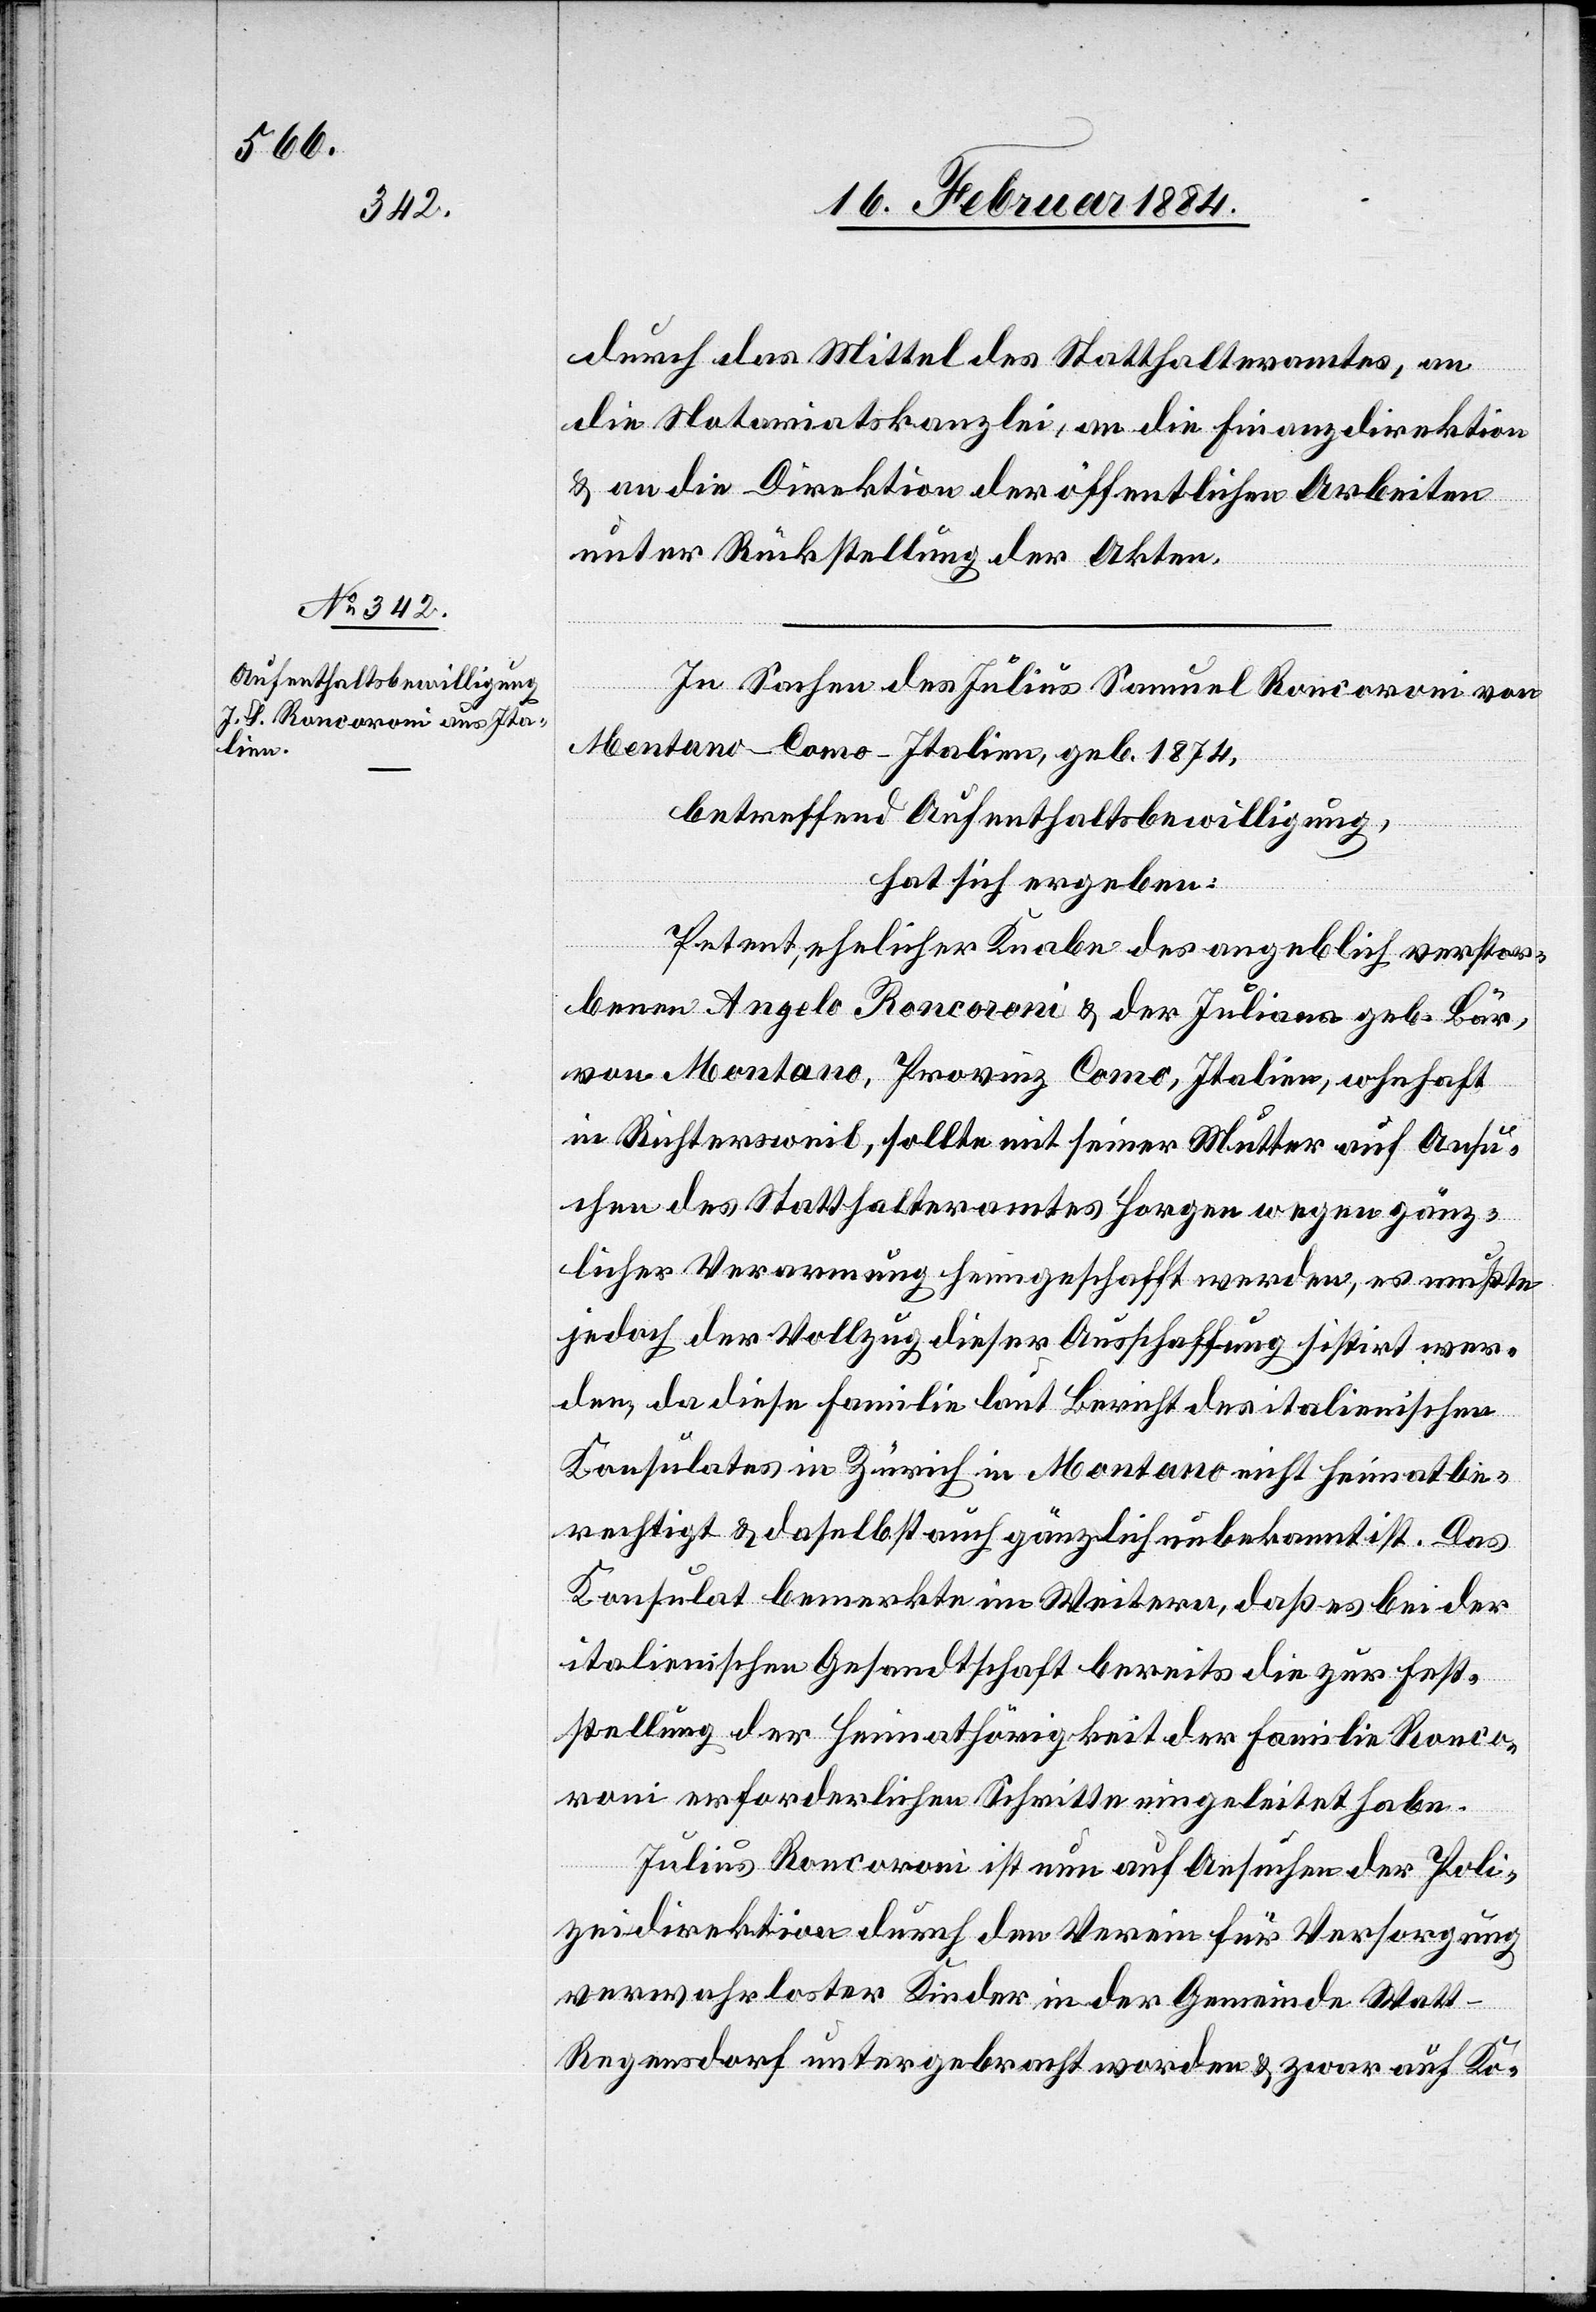
durch das Mittel des Statthalteramtes, an
die Notariatskanzlei, an die Finanzdirektion
& an die Direktion der öffentlichen Arbeiten
unter Rückstellung der Akten.
In Sachen des Julius Samuel Roncoroni von
Montano - Como - Italien, geb. 1874,
betreffend Aufenthaltsbewilligung,
hat sich ergeben:
Petent, ehelicher Knabe des angeblich verstor¬
benen Angelo Roncoroni & der Juliana geb. Bär
von Montano, Provinz Como, Italien, whnhaf
in Richtersweil, sollte mit seiner Mutter auf Ansu¬
chen des Statthalteramtes Horgen wegen gänz¬
licher Verarmung heimgeschafft werden, es mußte
jedoch der Vollzug dieser Ausschaffung sistirt wer¬
den, da diese Familie laut Bericht des italienischen
Konsulates in Zürich in Montano nicht heimatbe¬
rechtigt & daselbst auch gänzlich unbekannt ist. Das
Konsulat bemerkte im Weitern, daß es bei der
italienischen Gesandtschaft bereits die zur Fest¬
stellung der Heimathörigkeit der Familie Ronco¬
roni erforderlichen Schritte eingeleitet habe.
Julius Roncoroni ist nun auf Ansuchen der Poli¬
zeidirektion durch den Verein für Versorgung
verwahrloster Kinder in der Gemeinde Wat¬
t-Regensdorf untergebracht worden & zwar auf Ko-